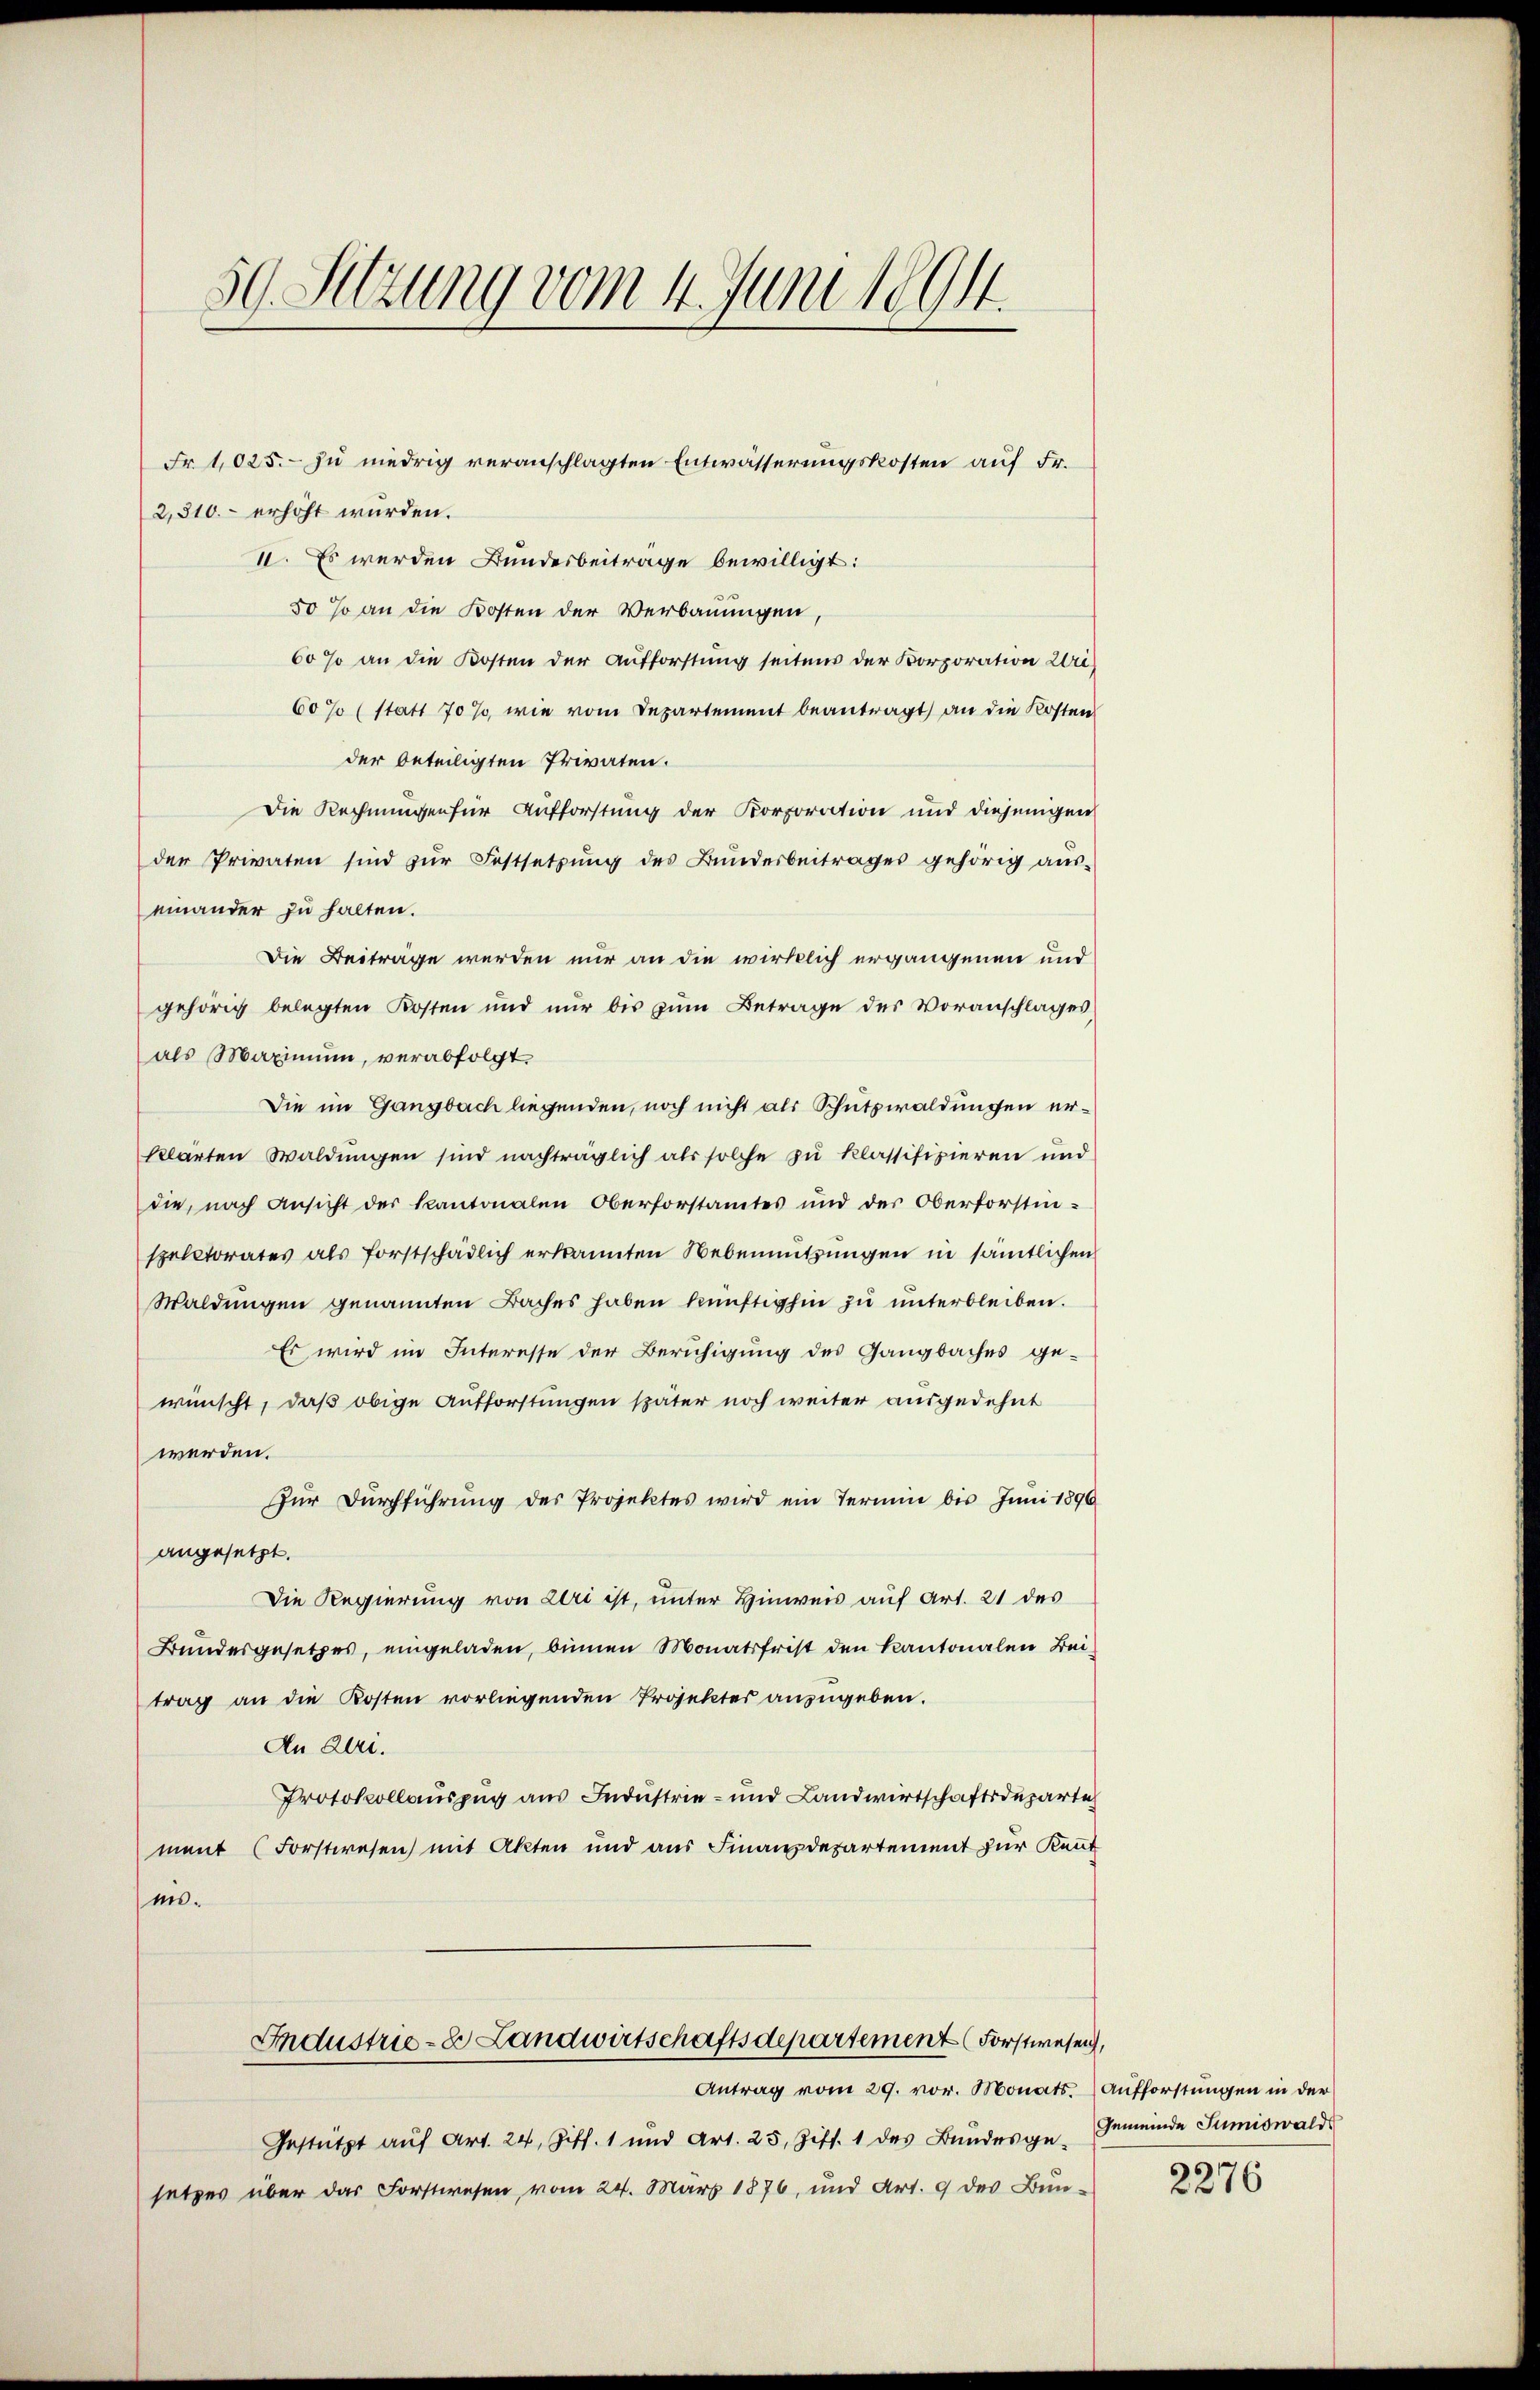
59. Setzung vom 4. Juni 1891.

2,310.- erhöht wurden.
II. Es werden Bundesbeitrage bewilligt:
50 so an die Kosten der Verbauungen
60% an die Kosten der Aufforstung seitens der Korporation Uri
60% (statt 70 %, wie vom Departement beantragt, an die Kosten
der beteiligten Privaten.
Die Rechnungen für Aufforstung der Korporation und diejenigen
der Privaten sind zŭr Festsetzŭng des Bŭndesbeitrages gehörig aŭs-
einander zu halten.
Die Beiträge werden nur an die wirklich ergangenen und
gehörig belegten Kosten und nur bis zum Betrage des Voranschlages
als Maximum, verabfolgt.
Die im Gangbach liegenden, noch nicht als Schutzwaldungen erklärten Waldŭngen sind nachträglich als solche zu klassifizieren und
die, nach Ansicht des Kantonalen Oberforstamtes und der Oberforstinspectorates als forstschädlich erkannten Nebennŭtzŭngen in sämtlichen
Waldungen genannten Faches haben künftighin zu unterbleiben.
Es wird im Interesse der Beruhigung des Gangbaches ge-
wünscht, daß obige Aufforstungen später noch weiter ausgedehnt
werden.
Zur Durchführung des Projektes wird ein Termin bis Juni 1896
angesetzt.
Die Regierung von Uri ist, unter Hinweis auf Art. 21 des
Bundesgesetzes, eingeladen, binnen Monatsfrist den Kantonalen Beitrag an die Kosten vorliegenden Projektes anzugeben.
An Al.
Protokollauszug aus Industrie- und Landwirtschaftsdeparti
ment (Forstwesen mit Akten und aus Finanzdepartement zur Kennt
mis.
Industrie-8 Landwirtschaftsdepartement Forstwesen,
Antrag vom 29. vor. Monats Aufforstungen in der
Gestützt auf Art. 24, Ziff. 1 und Art. 25, Ziff. 1 des Bundesgesetzes über das Forstwesen vom 24. März 1876, und Art. 9 des Bun¬

Fr. 1025. zu niedrig veranschlagten Entwässerungskosten auf Fr.

Gemeinde Sumiswalds

2276